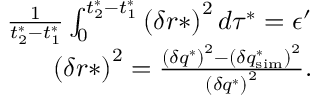
\begin{array} { r } { \frac { 1 } { t _ { 2 } ^ { * } - t _ { 1 } ^ { * } } \int _ { 0 } ^ { t _ { 2 } ^ { * } - t _ { 1 } ^ { * } } \left( \delta r * \right) ^ { 2 } d \tau ^ { * } = \epsilon ^ { \prime } } \\ { \left( \delta r * \right) ^ { 2 } = \frac { \left( \delta q ^ { * } \right) ^ { 2 } - \left( \delta q _ { \mathrm { s i m } } ^ { * } \right) ^ { 2 } } { \left( \delta q ^ { * } \right) ^ { 2 } } . } \end{array}